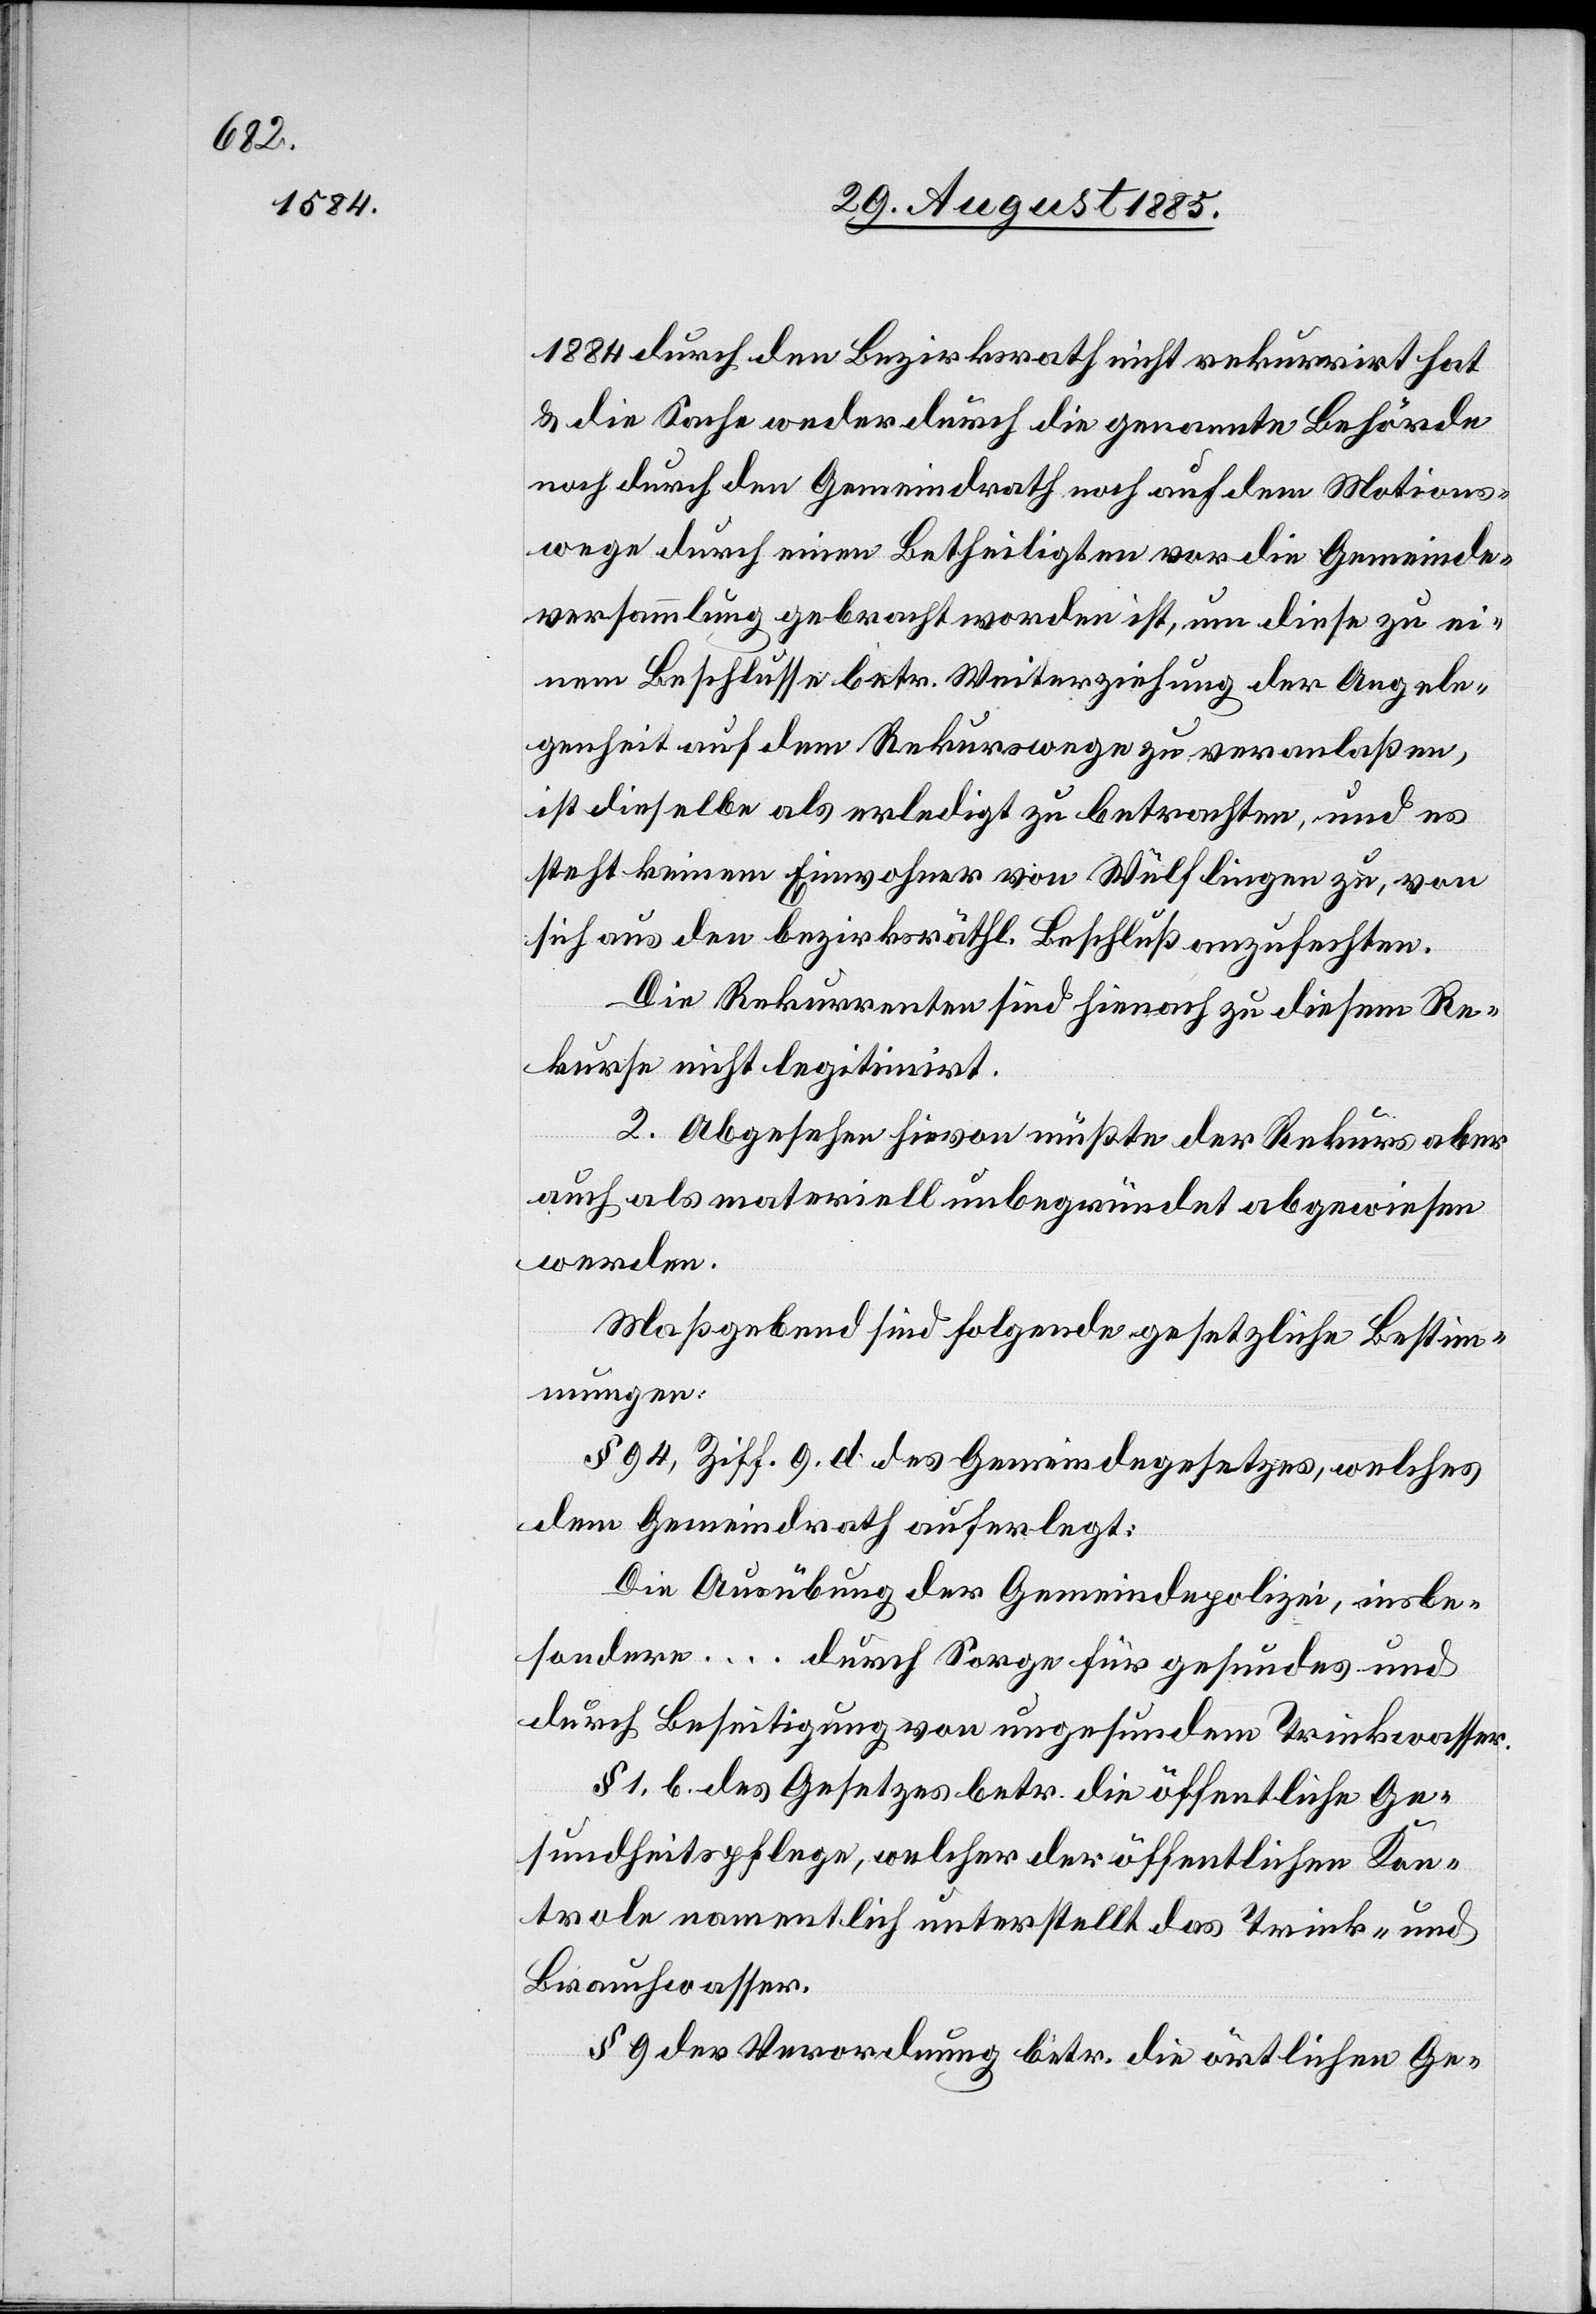
1884 durch den Bezirksrath nicht rekurrirt hat
& die Sache weder durch die genannte Behörde
noch durch den Gemeindrath noch auf dem Motions¬
wege durch einen Betheiligten vor die Gemeinde¬
versammlung gebracht worden ist, um diese zu ei¬
nem Beschlusse betr. Weiterziehung der Angele¬
genheit auf dem Rekurswege zu veranlaßen,
ist dieselbe als erledigt zu betrachten, und es
steht keinem Einwohner von Wülflingen zu, von
sich aus den bezirksräthl. Beschluß anzufechten.
Die Rekurrenten sind hienach zu diesem Re¬
kurse nicht legitimirt.
2. Abgesehen hievon müßte der Rekurs aber
auch als materiell unbegründet abgewiesen
werden.
Maßgebend sind folgende gesetzliche Bestim¬
mungen:
§ 94 Ziff. 9. d. des Gemeindegesetzes, welches
dem Gemeindrath auferlegt:
Die Ausübung der Gemeindepolizei, insbe¬
sondere … durch Sorge für gesundes und
durch Beseitigung von ungesundem Trinkwasser.
§ 1. b. des Gesetzes betr. die öffentliche Ge¬
sundheitspflege, welcher der öffentlichen Kon¬
trole namentlich unterstellt das Trink- und
Brauchwasser.
§ 9 der Verordnung betr. die örtlichen Ge-